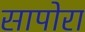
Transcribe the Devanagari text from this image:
सापोरा